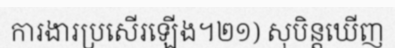
ការងារប្រសើរឡើង។២១) សុបិន្តឃើញ